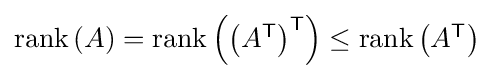
{\textstyle \operatorname {rank} \left(A\right)=\operatorname {rank} \left(\left(A^{\textsf {T}}\right)^{\textsf {T}}\right)\leq \operatorname {rank} \left(A^{\textsf {T}}\right)}